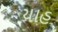
યાહ